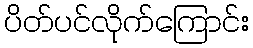
ပိတ်ပင်လိုက်ကြောင်း